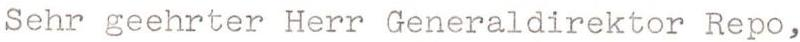
Sehr geehrter Herr Generaldirektor Repo,